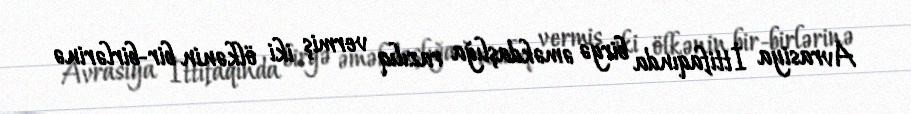
Avrasiya İttifaqında birgə əməkdaşlığa razılıq vermiş iki ölkənin bir-birlərinə